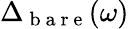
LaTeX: \Delta_{\mathrm{~b~a~r~e~}}(\omega)